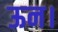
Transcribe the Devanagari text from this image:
ऊन।